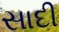
સાદી